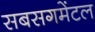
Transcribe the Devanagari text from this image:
सबसगमेंटल